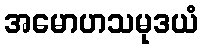
အမောဟသမုဒယံ